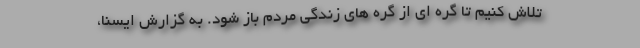
تلاش کنیم تا گره ای از گره های زندگی مردم باز شود. به گزارش ایسنا،